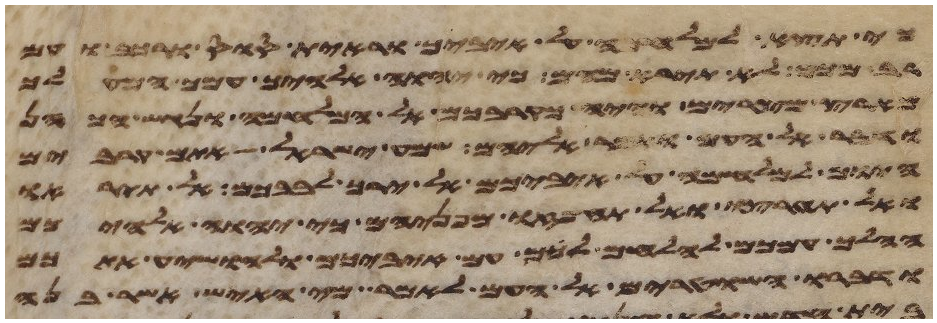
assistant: כי תצא למלחמה על איביך וראית סוס ורכב ועם
רב ממך לא תירא מהם כי יהוה אלהיך עמך המעלך
מארץ מצרים והיה כקרבכם אל המלחמה ונגש הכהן
ודבר אל העם ואמר אליהם שמע ישראל אתם קרבים
היום למלחמה על איביכם אל ירך לבבכם אל תיראו
ואל תערצו ואל תחפזו מפניהם כי יהוה אלהיכם
ההלך עמכם להלחם לכם עם איביכם ולהושיע אתכם
ודברו השטרים אל העם לאמר מי האיש אשר בנה